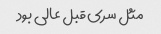
مثل سری قبل عالی بود